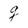
Character: g